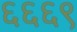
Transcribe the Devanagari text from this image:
६६६९